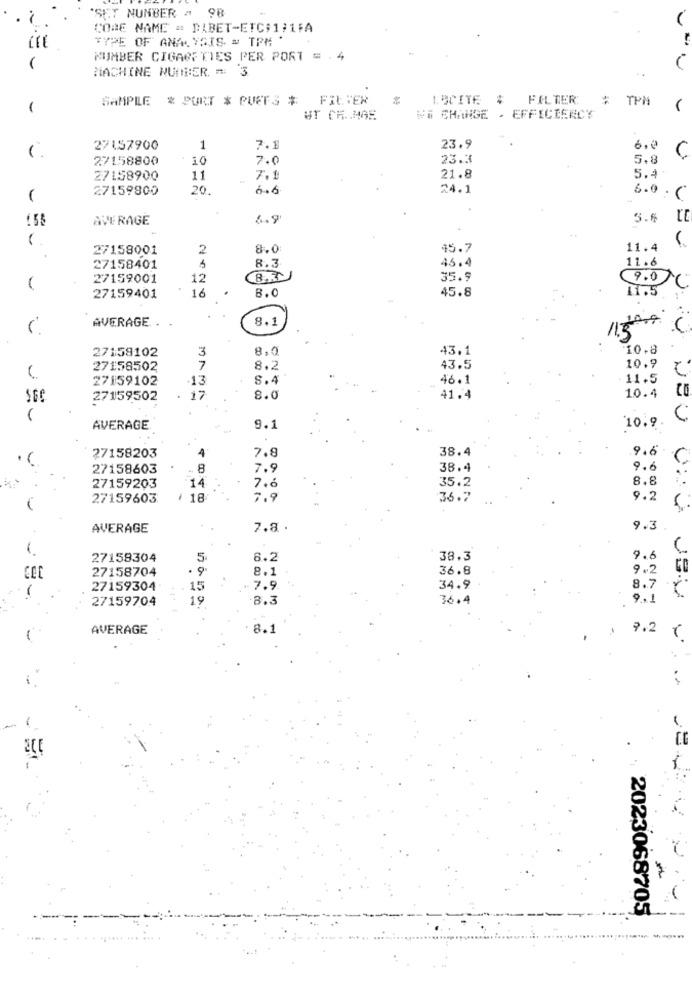
. 7
SET NUMBER = 98
COME NAME = DABET-ETC#1;1FA
TYPE OF ANALYSIS = TPM *
NUMBER CIGARETTES PER PORT = . 4
(
MACHINE NUMBER = 3
SAMPLE & PURT & PUFFS $
FILTER
LACITE $ FILTER
$ TPN
1
UT CR. . MG5
WE CHANGE . EFFICIENCY
27157900
1
7.1
23.9
6,0
27158800
10
7.0
23.3
5.8
C
27158900
11
7.1
21.8
5.4
27159800
20
6.6
24.1
(
5.0 - C
AVERAGE
6.9
5.6
27158001
2
8.0
45.7
11.4
8.3
46.4
11.6
27158401
27159001
12
35.9
9.0
C
16
8.0
45.8
11.5
27159401
8.1
11zorg
AVERAGE . .
27158102
3
8,0
43.1
10.8
10.9
27158502
7
8.2
43.5
27159102
.13
S.4
46.1
11.5
10.4
CE
27159502
. 17
8.0
41.4
.
C
AVERAGE
9.1
10.9.
38.4
9.6
27158203
7.8
27158603
8
7.9
38.4
9.6
14
35.2
8.8
27159203
7.6
27159603
* 18
7.9
36.7
9.2
AVERAGE
7.8.
9.3
27158304
5
8.2
38.3
9.6
27158704
. 9
8.1
36.8
9.2
-
27159304
15
7.9
34.9
8.7 .Y.
27159704
19
8.3
36.4
9 .. 1
AVERAGE
8.1
9.2 €
.
2023068705